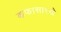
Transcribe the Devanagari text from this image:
कफासारखे